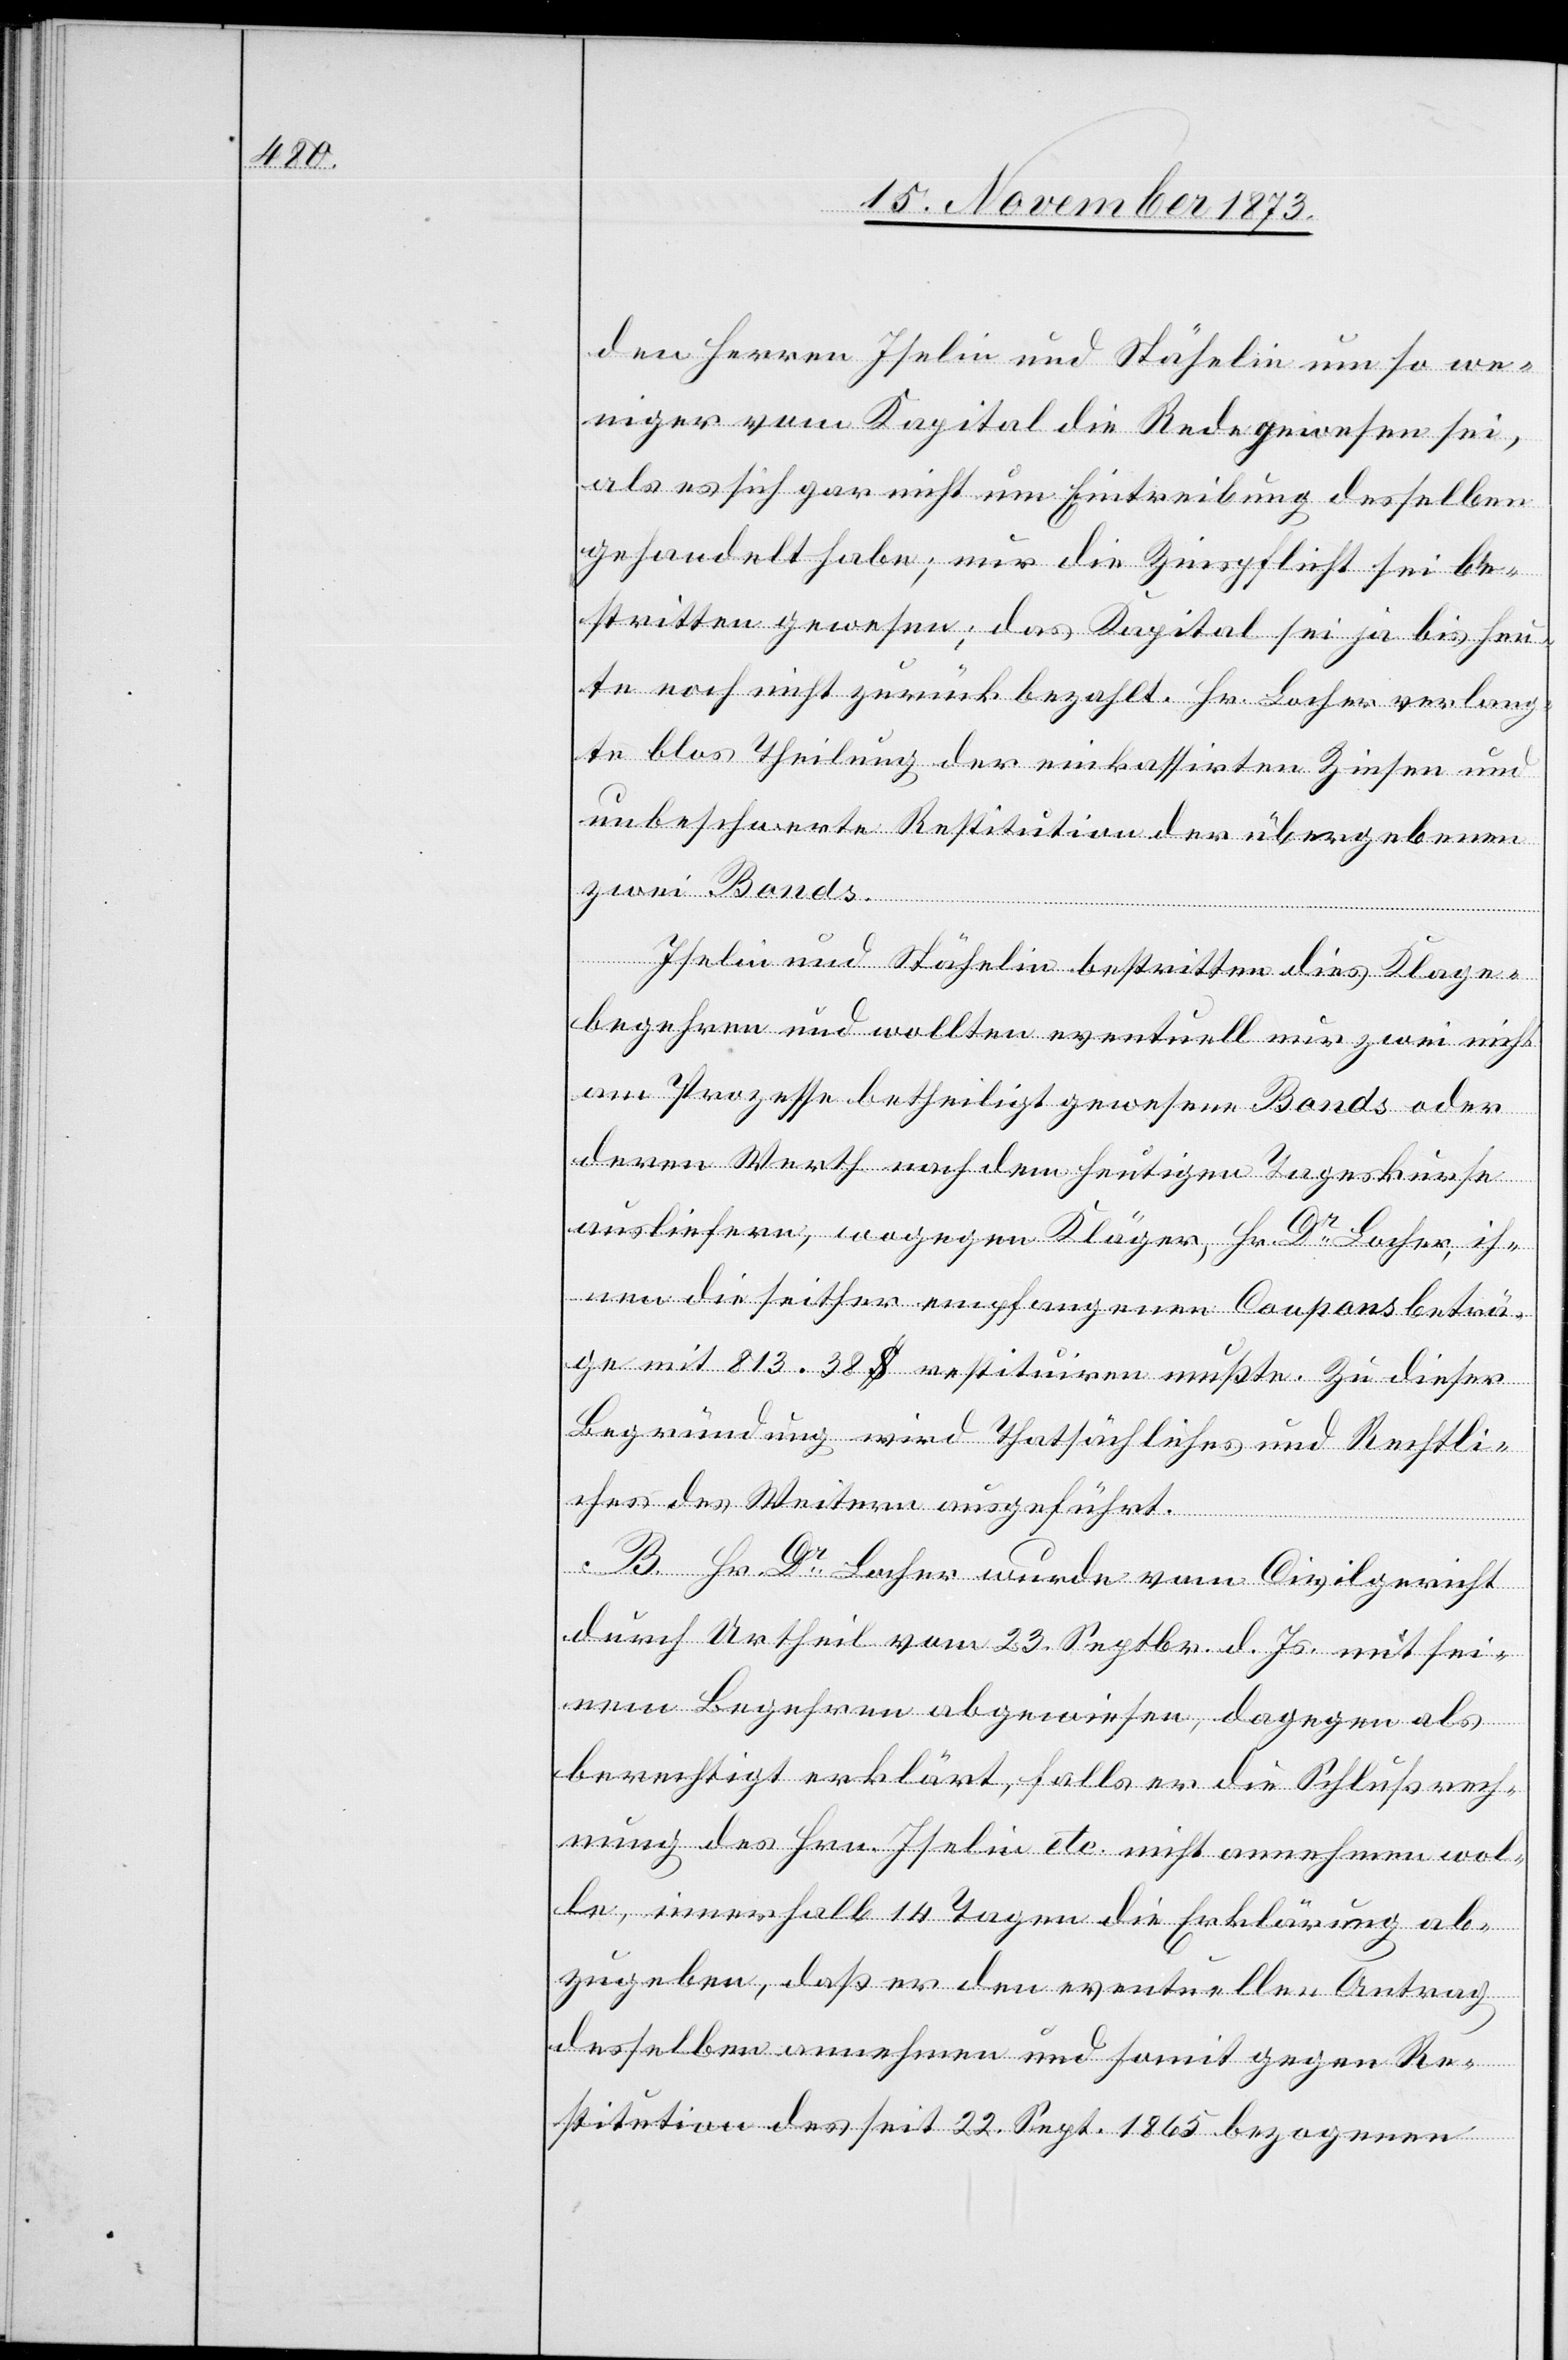
den Herren Iselin und Stähelin um so we¬
niger vom Kapital die Rede gewesen sei,
als es sich gar nicht um Eintreibung desselben
heute noch nicht zurück bezahlt. Hr. Locher verlang¬
te blos Theilung der einkassirten Zinsen und
unbeschwerte Restitution der übergebenen
zwei Bonds.
Iselin und Stähelin bestritten dies Klage¬
begehren und wollten eventuell nur zwei nicht
am Prozesse betheiligt gewesene Bonds oder
deren Werth nach dem heutigen Tageskurse
ausliefern, wogegen Kläger, Hr. Dr Locher ih¬
nen die seither empfangenen Couponsbeträ¬
ge mit 813.38 $ restituiren mußte. Zu dieser
Begründung wird Thatsächliches und Rechtli¬
ches des Weitern ausgeführt.
B. Hr. Dr Locher wurde vom Civilgericht
durch Urtheil vom 23. Septbr. d. Js. mit sei¬
nem Begehren abgewiesen, dagegen als
berechtigt erklärt, falls er die Schlußrech¬
nung des Hrn. Iselin etc. nicht annehmen wol¬
le, innerhalb 14 Tagen die Erklärung ab¬
zugeben, daß er den eventuellen Antrag
desselben annehmen und somit gegen Re¬
stitution des [sic!] seit 22. Sept. 1865 bezogenen